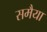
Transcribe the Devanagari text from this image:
समैया